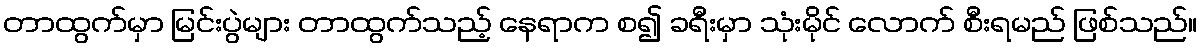
တာထွက်မှာ မြင်းပွဲများ တာထွက်သည့် နေရာက စ၍ ခရီးမှာ သုံးမိုင် လောက် စီးရမည် ဖြစ်သည်။